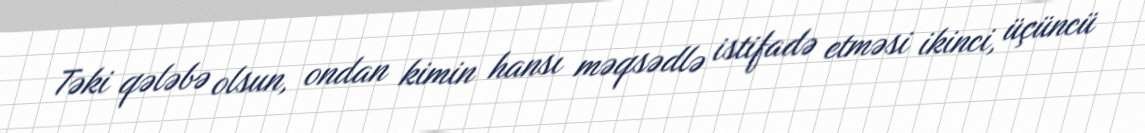
Təki qələbə olsun, ondan kimin hansı məqsədlə istifadə etməsi ikinci, üçüncü